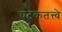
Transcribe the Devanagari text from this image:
घटकतत्त्वे